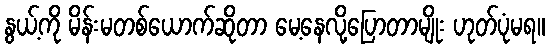
နွယ့်ကို မိန်းမတစ်ယောက်ဆိုတာ မေ့နေလို့ပြောတာမျိုး ဟုတ်ပုံမရ။